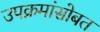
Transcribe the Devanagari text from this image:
उपक्रमांसोबत